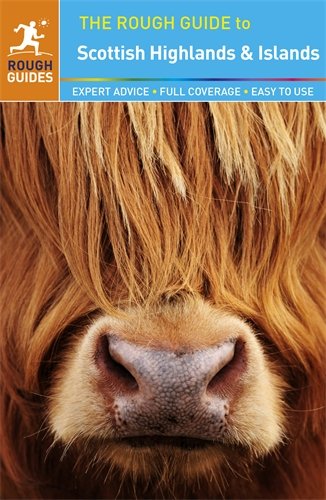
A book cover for The Rough Guide to Scottish Highlands & Islands; Rob Humphreys; Travel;